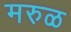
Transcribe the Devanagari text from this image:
मरुळ